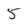
Character: 5